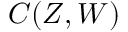
C ( Z , W )